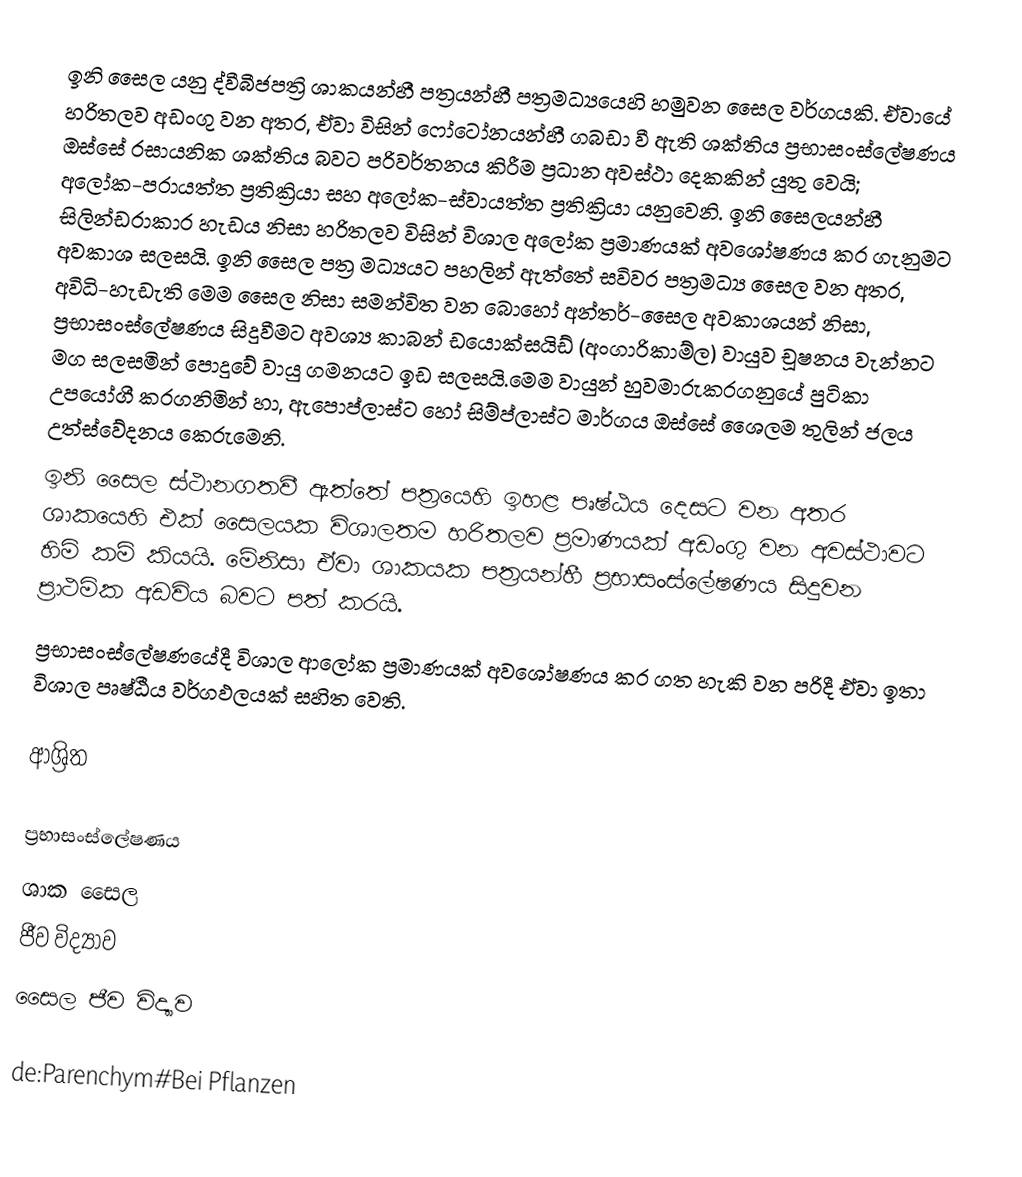
ඉනි සෛල යනු  ද්වීබීජපත්‍රි ශාකයන්හී පත්‍රයන්හී  පත්‍රමධ්‍යයෙහි හමුවන සෛල වර්ගයකි. ඒවායේ හරිතලව අඩංගු වන අතර, ඒවා විසින්  ‍ෆෝටෝනයන්හී ගබඩා වී ඇති ශක්තිය  ප්‍රභාසංස්ලේෂණය ඔස්සේ රසායනික ශක්තිය බවට පරිවර්තනය කිරීම ප්‍රධාන අවස්ථා දෙකකින් යුතු වෙයි; අලෝක-පරායත්ත ප්‍රතික්‍රියා සහ  අලෝක-ස්වායත්ත ප්‍රතික්‍රියා යනුවෙනි. ඉනි සෛලයන්හී සිලින්ඩරාකාර හැඩය නිසා හරිතලව විසින් විශාල අලෝක ප්‍රමාණයක් අවශෝෂණය කර ගැනුමට අවකාශ සලසයි. ඉනි සෛල පත්‍ර මධ්‍යයට පහලින් ඇත්තේ සවිවර පත්‍රමධ්‍ය සෛල වන අතර, අවිධි-හැඩැති මෙම සෛල නිසා සමන්විත වන බොහෝ අන්තර්-සෛල අවකාශ‍යන් නිසා, ප්‍රභාසංස්ලේෂණය සිදුවීමට අවශ්‍ය කාබන් ඩයොක්සයිඩ් (අංගාරිකාම්ල) වායුව චූෂනය වැන්නට මග සලසමින් පොදුවේ වායු ගමනයට ඉඩ සලසයි.මෙම වායුන් හුවමාරුකරගනුයේ  පුටිකා උපයෝගී කරගනිමින් හා, ඇපොප්ලාස්ට හෝ සිම්ප්ලාස්ට මාර්ගය ඔස්සේ ශෛලම තුලින් ජලය උත්ස්වේදනය කෙරුමෙනි.
ඉනි සෛල ස්ථානගතවී ඇත්තේ පත්‍රයෙහි ඉහළ පෘෂ්ඨය දෙසට වන අතර ශාකයෙහි එක් සෛලයක විශාලතම හරිතලව ප්‍රමාණයක් අඩංගු වන  අවස්ථාවට හිමි කම් කියයි. මේනිසා ඒවා ශාකයක පත්‍රයන්හී ප්‍රභාසංස්ලේෂණය සිදුවන ප්‍රාථමික අඩවිය බවට පත් කරයි.
ප්‍රභාසංස්ලේෂණයේදී විශාල ආලෝක ප්‍රමාණයක් අවශෝෂණය කර ගත හැකි වන පරිදී ඒවා ඉතා විශාල පෘෂ්ඨීය වර්ගඵලයක් සහිත වෙති.

ආශ්‍රිත

ප්‍රභාසංස්ලේෂණය
ශාක සෛල
ජීව විද්‍යාව
සෛල ජීව විද්‍යාව

de:Parenchym#Bei Pflanzen